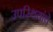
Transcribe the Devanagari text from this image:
उपस्थितांचे